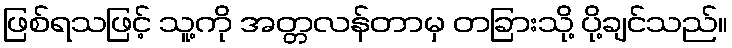
ဖြစ်ရသဖြင့် သူ့ကို အတ္တလန်တာမှ တခြားသို့ ပို့ချင်သည်။